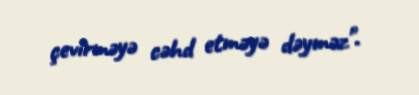
çevirməyə cəhd etməyə dəyməz".